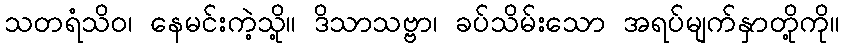
သတရံသိဝ၊ နေမင်းကဲ့သို့။ ဒိသာသဗ္ဗာ၊ ခပ်သိမ်းသော အရပ်မျက်နှာတို့ကို။